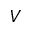
V